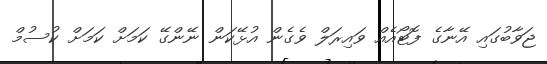
ޖަވާބުގައި އޭނާގެ ފޮޓޯއެއް ވައިރަލް ވެގެން އުޅޭކަން ނޭންގޭ ކަމަށް ކަމަށް ކުސުމް